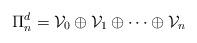
LaTeX: \begin{align*}\Pi_{n}^{d}=\mathcal{V}_{0}\oplus\mathcal{V}_{1}\oplus\cdots\oplus\mathcal{V}_{n}\end{align*}